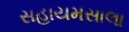
સહાયમસાલા